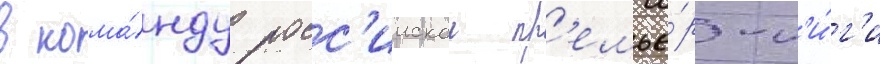
в кома́нду росс'иискои пр'емье́р-л'и́г'и